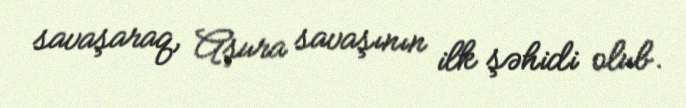
savaşaraq, Aşura savaşının ilk şəhidi olub.